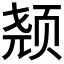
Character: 𱂣